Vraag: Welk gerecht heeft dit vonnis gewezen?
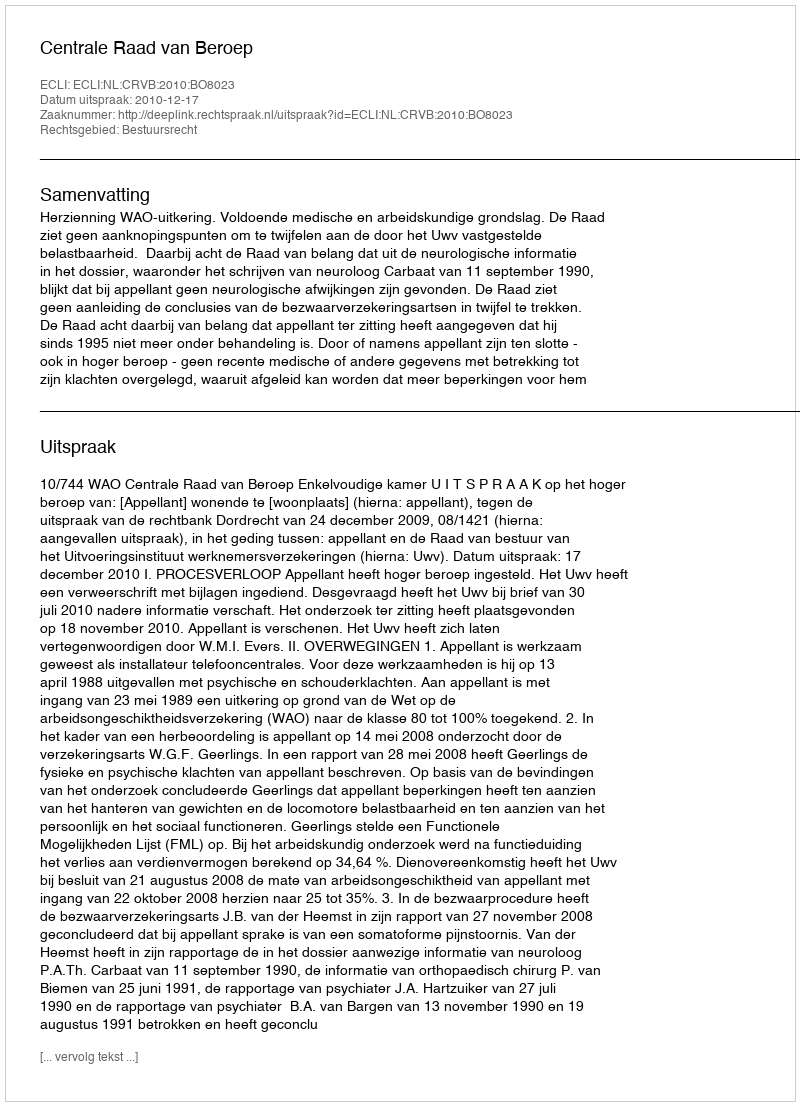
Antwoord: Centrale Raad van Beroep